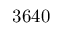
3 6 4 0